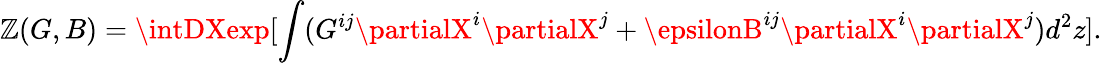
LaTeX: {\cal\mathbb{Z}}(G,B)=\intDXexp[\int(G^{ij}\partialX^{i}\partialX^{j}+\epsilonB^{ij}\partialX^{i}\partialX^{j})d^{2}z].